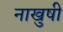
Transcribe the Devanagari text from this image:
नाखुषी